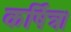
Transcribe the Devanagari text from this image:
कर्षित्र।